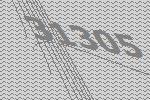
31305